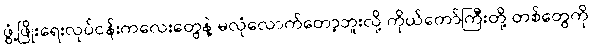
ဖွံ့ဖြိုးရေးလုပ်ငန်းကလေးတွေနဲ့ မလုံလောက်တော့ဘူးလို့ ကိုယ်တော်ကြီးတို့ တစ်တွေကို